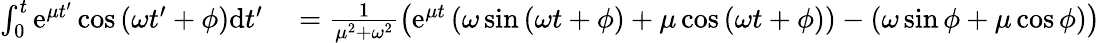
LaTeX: \begin{array}{rl}{\int_{0}^{t}\mathrm{e}^{\mu t^{\prime}}\cos\left(\omega t^{\prime}+\phi\right)\mathrm{d}t^{\prime}}&{{}=\frac{1}{\mu^{2}+\omega^{2}}\left(\mathrm{e}^{\mu t}\left(\omega\sin\left(\omega t+\phi\right)+\mu\cos\left(\omega t+\phi\right)\right)-\left(\omega\sin\phi+\mu\cos\phi\right)\right)}\end{array}